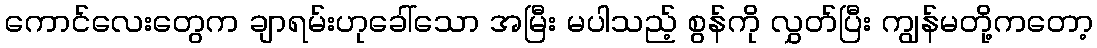
ကောင်လေးတွေက ချာရမ်းဟုခေါ်သော အမြီး မပါသည့် စွန်ကို လွှတ်ပြီး ကျွန်မတို့ကတော့